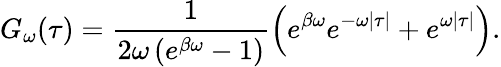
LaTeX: G_{\omega}(\tau)=\frac{1}{2\omega\left(e^{\beta\omega}-1\right)}\left(e^{\beta\omega}e^{-\omega|\tau|}+e^{\omega|\tau|}\right).